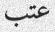
عتب